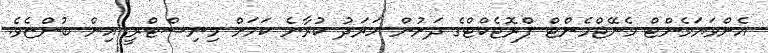
އެންވަޔަމެންޓް މެނޭޖްމެންޓް ޕްރޮޖެކްޓްގެ ދަށުން ހަރަދު ކުރާނެ ކަމަށް މިނިސްޓްރީ އިން ބުންޏެވެ.